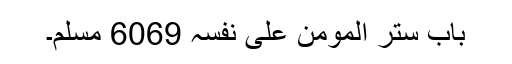
باب ستر المومن علی نفسہ 6069 مسلم۔